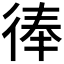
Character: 𢔓